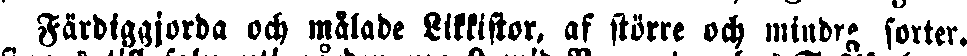
Färdiggjorda och målade Likkistor, af större och mindre sorter.